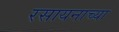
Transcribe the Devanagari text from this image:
रसायनाच्या